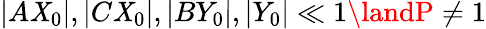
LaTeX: |A\mathit{X}_{0}|,|C\mathit{X}_{0}|,|BY_{0}|,|Y_{0}|\ll1\landP\neq1